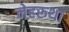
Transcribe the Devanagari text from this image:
नेहरूथा